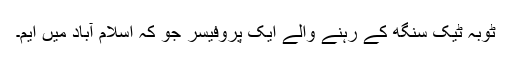
ٹوبہ ٹیک سنگھ کے رہنے والے ایک پروفیسر جو کہ اسلام آباد میں ایم۔